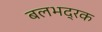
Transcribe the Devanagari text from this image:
बलभद्रक